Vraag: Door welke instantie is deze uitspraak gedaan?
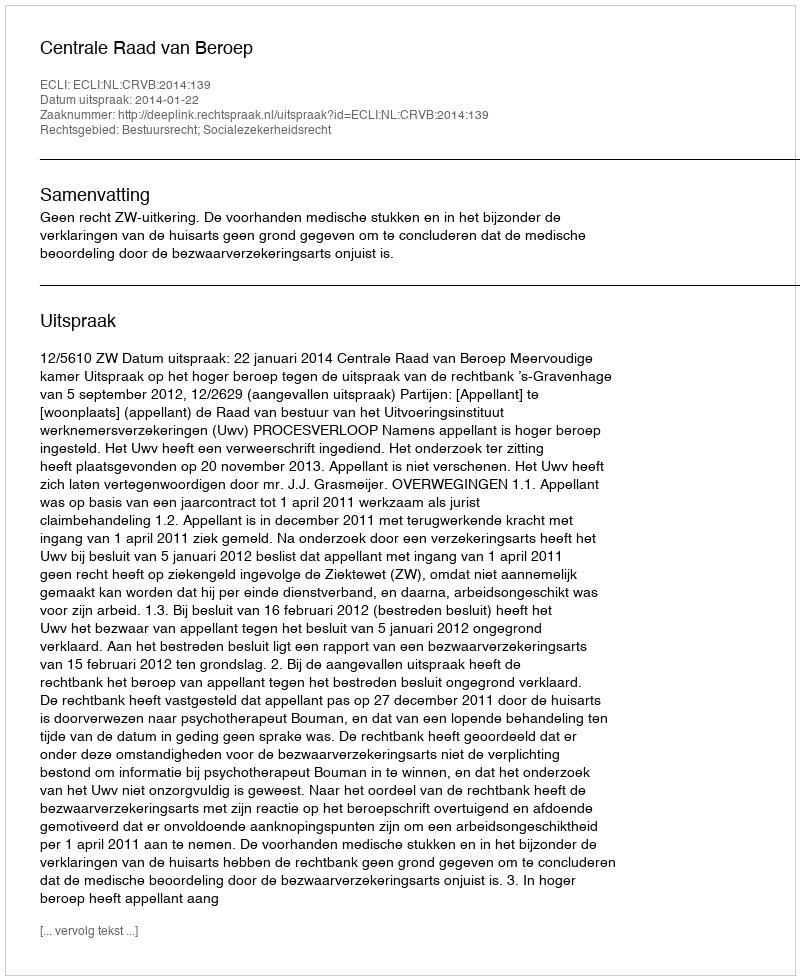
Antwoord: Centrale Raad van Beroep